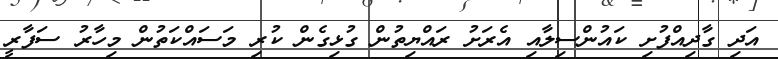
އަދި ގާދިއްފުށި ކައުންސިލާއި އެރަށު ރައްޔިތުން ގުޅިގެން ކުރި މަސައްކަތުން މިހާރު ސަފާރީ